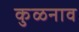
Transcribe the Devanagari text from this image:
कुळनाव